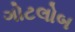
ગોટલોબ